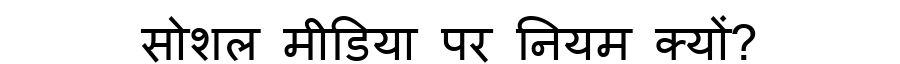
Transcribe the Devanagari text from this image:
सोशल मीडिया पर नियम क्यों?